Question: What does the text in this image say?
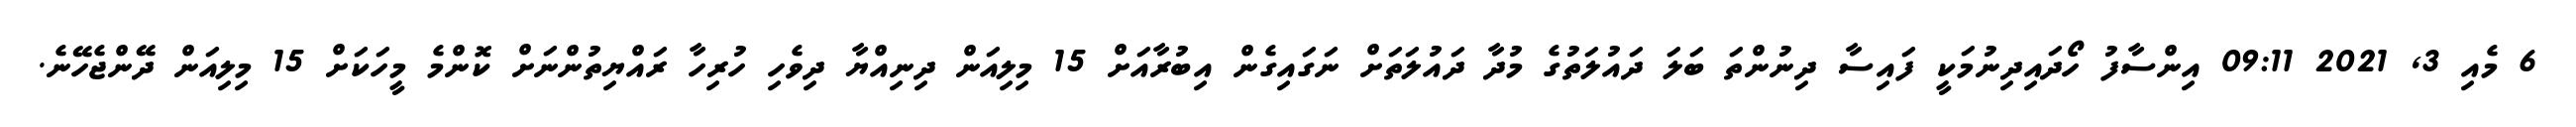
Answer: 6 މެއި 3, 2021 09:11 އިންސާފު ހޯދައިދިނުމަކީ ފައިސާ ދިނުންތަ ބަލަ ދައުލަތުގެ މުދާ ދައުލަތަށް ނަގައިގެން އިބުރާއަށް 15 މިލިއަން ދިނިއްޔާ ދިވެހި ހުރިހާ ރައްޔިތުންނަށް ކޮންމެ މީހަކަށް 15 މިލިއަން ދޭންޖެހޭނެ.